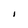
Character: l